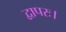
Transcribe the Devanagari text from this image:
द्वापरः।